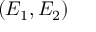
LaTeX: ( E _ { 1 } , E _ { 2 } )